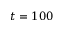
t = 1 0 0